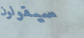
سيقولون